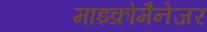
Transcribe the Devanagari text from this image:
माइक्रोमैनेजर